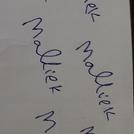
Signature authenticity: forged